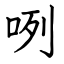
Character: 咧